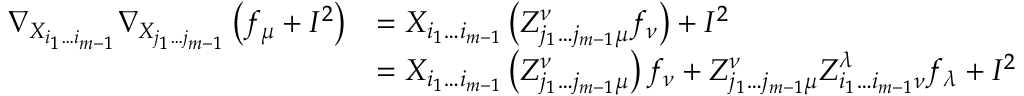
\begin{array} { r l } { \nabla _ { X _ { i _ { 1 } \dotsc i _ { m - 1 } } } \nabla _ { X _ { j _ { 1 } \dotsc j _ { m - 1 } } } \left( f _ { \mu } + I ^ { 2 } \right) } & { = X _ { i _ { 1 } \dotsc i _ { m - 1 } } \left( Z _ { j _ { 1 } \dotsc j _ { m - 1 } \mu } ^ { \nu } f _ { \nu } \right) + I ^ { 2 } } \\ & { = X _ { i _ { 1 } \dotsc i _ { m - 1 } } \left( Z _ { j _ { 1 } \dotsc j _ { m - 1 } \mu } ^ { \nu } \right) f _ { \nu } + Z _ { j _ { 1 } \dotsc j _ { m - 1 } \mu } ^ { \nu } Z _ { i _ { 1 } \dotsc i _ { m - 1 } \nu } ^ { \lambda } f _ { \lambda } + I ^ { 2 } } \end{array}